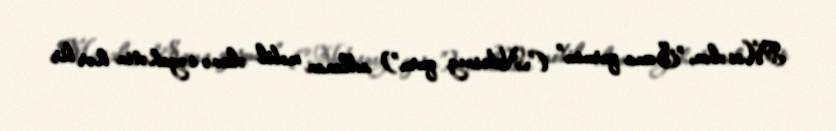
Məsələn, "Səma qurusu” ("Nebesnıy quru”) adlanan mobil əlavə səyahətin hər bir